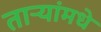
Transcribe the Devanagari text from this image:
ताऱ्यांमधे